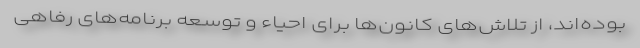
بوده‌اند، از تلاش‌های کانون‌ها برای احیاء و توسعه برنامه‌های رفاهی